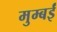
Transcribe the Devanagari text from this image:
मुम्बईं